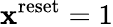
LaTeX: \mathbf{x}^{\mathrm{{reset}}}=1